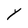
Character: Y